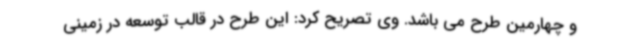
و چهارمین طرح می باشد. وی تصریح کرد: این طرح در قالب توسعه در زمینی